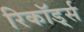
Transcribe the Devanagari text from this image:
रिकॉड्‌र्स